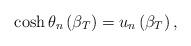
LaTeX: \begin{align*}\cosh \theta _{n}\left( \beta_{T} \right) = u_{n}\left( \beta_{T} \right), \end{align*}